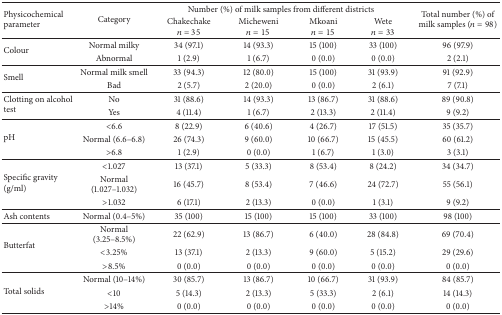
<table><thead><tr><td rowspan="2"><b>Physicochemical parameter</b></td><td rowspan="2"><b>Category</b></td><td colspan="4"><b> Number (%) of milk samples from different districts</b></td><td rowspan="2"><b>Total number (%) of milk samples (<i>n</i> = 98)</b></td></tr><tr><td><b>Chakechake<i>n</i> = 35</b></td><td><b>Micheweni<i>n</i> = 15</b></td><td><b>Mkoani<i>n</i> = 15</b></td><td><b>Wete<i>n</i> = 33</b></td></tr></thead><tbody><tr><td rowspan="2">Colour</td><td>Normal milky</td><td>34 (97.1)</td><td>14 (93.3)</td><td>15 (100)</td><td>33 (100)</td><td>96 (97.9)</td></tr><tr><td>Abnormal</td><td>1 (2.9)</td><td>1 (6.7)</td><td>0 (0.0)</td><td>0 (0.0)</td><td>2 (2.1)</td></tr><tr><td rowspan="2">Smell</td><td>Normal milk smell</td><td>33 (94.3)</td><td>12 (80.0)</td><td>15 (100)</td><td>31 (93.9)</td><td>91 (92.9)</td></tr><tr><td>Bad</td><td>2 (5.7)</td><td>2 (20.0)</td><td>0 (0.0)</td><td>2 (6.1)</td><td>7 (7.1)</td></tr><tr><td rowspan="2">Clotting on alcohol test</td><td>No</td><td>31 (88.6)</td><td>14 (93.3)</td><td>13 (86.7)</td><td>31 (88.6)</td><td>89 (90.8)</td></tr><tr><td>Yes</td><td>4 (11.4)</td><td>1 (6.7)</td><td>2 (13.3)</td><td>2 (11.4)</td><td>9 (9.2)</td></tr><tr><td rowspan="3">pH</td><td>&lt;6.6</td><td>8 (22.9)</td><td>6 (40.6)</td><td>4 (26.7)</td><td>17 (51.5)</td><td>35 (35.7)</td></tr><tr><td>Normal (6.6–6.8)</td><td>26 (74.3)</td><td>9 (60.0)</td><td>10 (66.7)</td><td>15 (45.5)</td><td>60 (61.2)</td></tr><tr><td>&gt;6.8</td><td>1 (2.9)</td><td>0 (0.0)</td><td>1 (6.7)</td><td>1 (3.0)</td><td>3 (3.1)</td></tr><tr><td rowspan="3">Specific gravity (g/ml)</td><td>&lt;1.027</td><td>13 (37.1)</td><td>5 (33.3)</td><td>8 (53.4)</td><td>8 (24.2)</td><td>34 (34.7)</td></tr><tr><td>Normal (1.027–1.032)</td><td>16 (45.7)</td><td>8 (53.4)</td><td>7 (46.6)</td><td>24 (72.7)</td><td>55 (56.1)</td></tr><tr><td>&gt;1.032</td><td>6 (17.1)</td><td>2 (13.3)</td><td>0 (0.0)</td><td>1 (3.1)</td><td>9 (9.2)</td></tr><tr><td>Ash contents</td><td>Normal (0.4–5%)</td><td>35 (100)</td><td>15 (100)</td><td>15 (100)</td><td>33 (100)</td><td>98 (100)</td></tr><tr><td rowspan="3">Butterfat</td><td>Normal (3.25–8.5%)</td><td>22 (62.9)</td><td>13 (86.7)</td><td>6 (40.0)</td><td>28 (84.8)</td><td>69 (70.4)</td></tr><tr><td>&lt;3.25%</td><td>13 (37.1)</td><td>2 (13.3)</td><td>9 (60.0)</td><td>5 (15.2)</td><td>29 (29.6)</td></tr><tr><td>&gt;8.5%</td><td>0 (0.0)</td><td>0 (0.0)</td><td>0 (0.0)</td><td>0 (0.0)</td><td>0 (0.0)</td></tr><tr><td rowspan="3">Total solids</td><td>Normal (10–14%)</td><td>30 (85.7)</td><td>13 (86.7)</td><td>10 (66.7)</td><td>31 (93.9)</td><td>84 (85.7)</td></tr><tr><td>&lt;10</td><td>5 (14.3)</td><td>2 (13.3)</td><td>5 (33.3)</td><td>2 (6.1)</td><td>14 (14.3)</td></tr><tr><td>&gt;14%</td><td>0 (0.0)</td><td>0 (0.0)</td><td>0 (0.0)</td><td>0 (0.0)</td><td>0 (0.0)</td></tr></tbody></table>